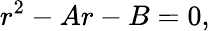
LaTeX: r^{2}-Ar-B=0,